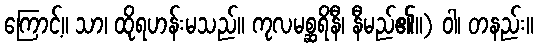
ကြောင့်။ သာ၊ ထိုရဟန်းမသည်။ ကုလမစ္ဆရိနီ၊ နီမည်၏။) ဝါ၊ တနည်း။